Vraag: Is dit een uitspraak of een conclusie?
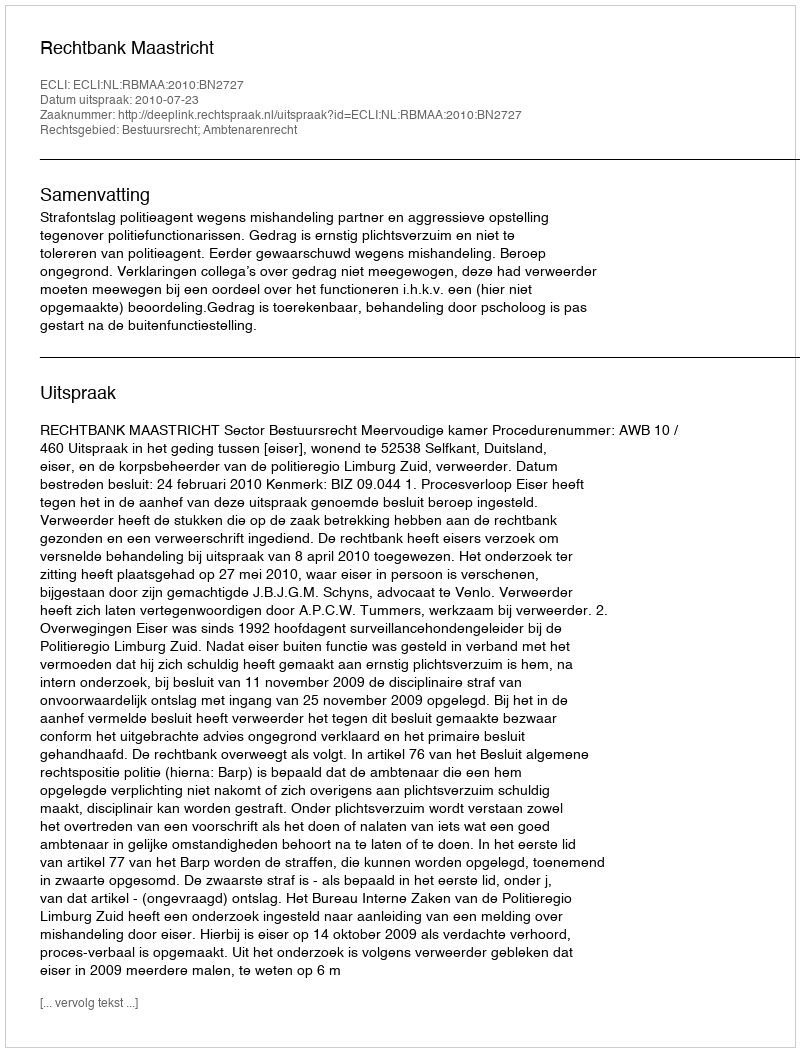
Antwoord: Uitspraak